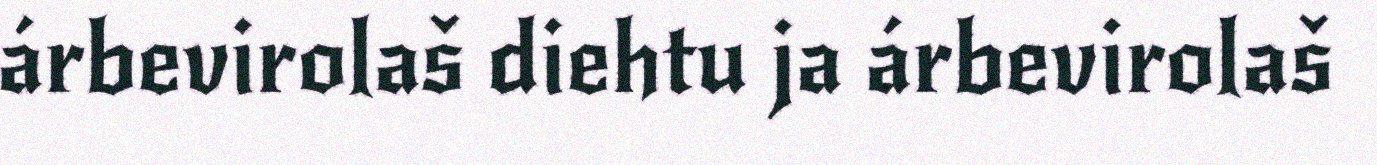
árbevirolaš diehtu ja árbevirolaš